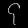
Digit: ၄